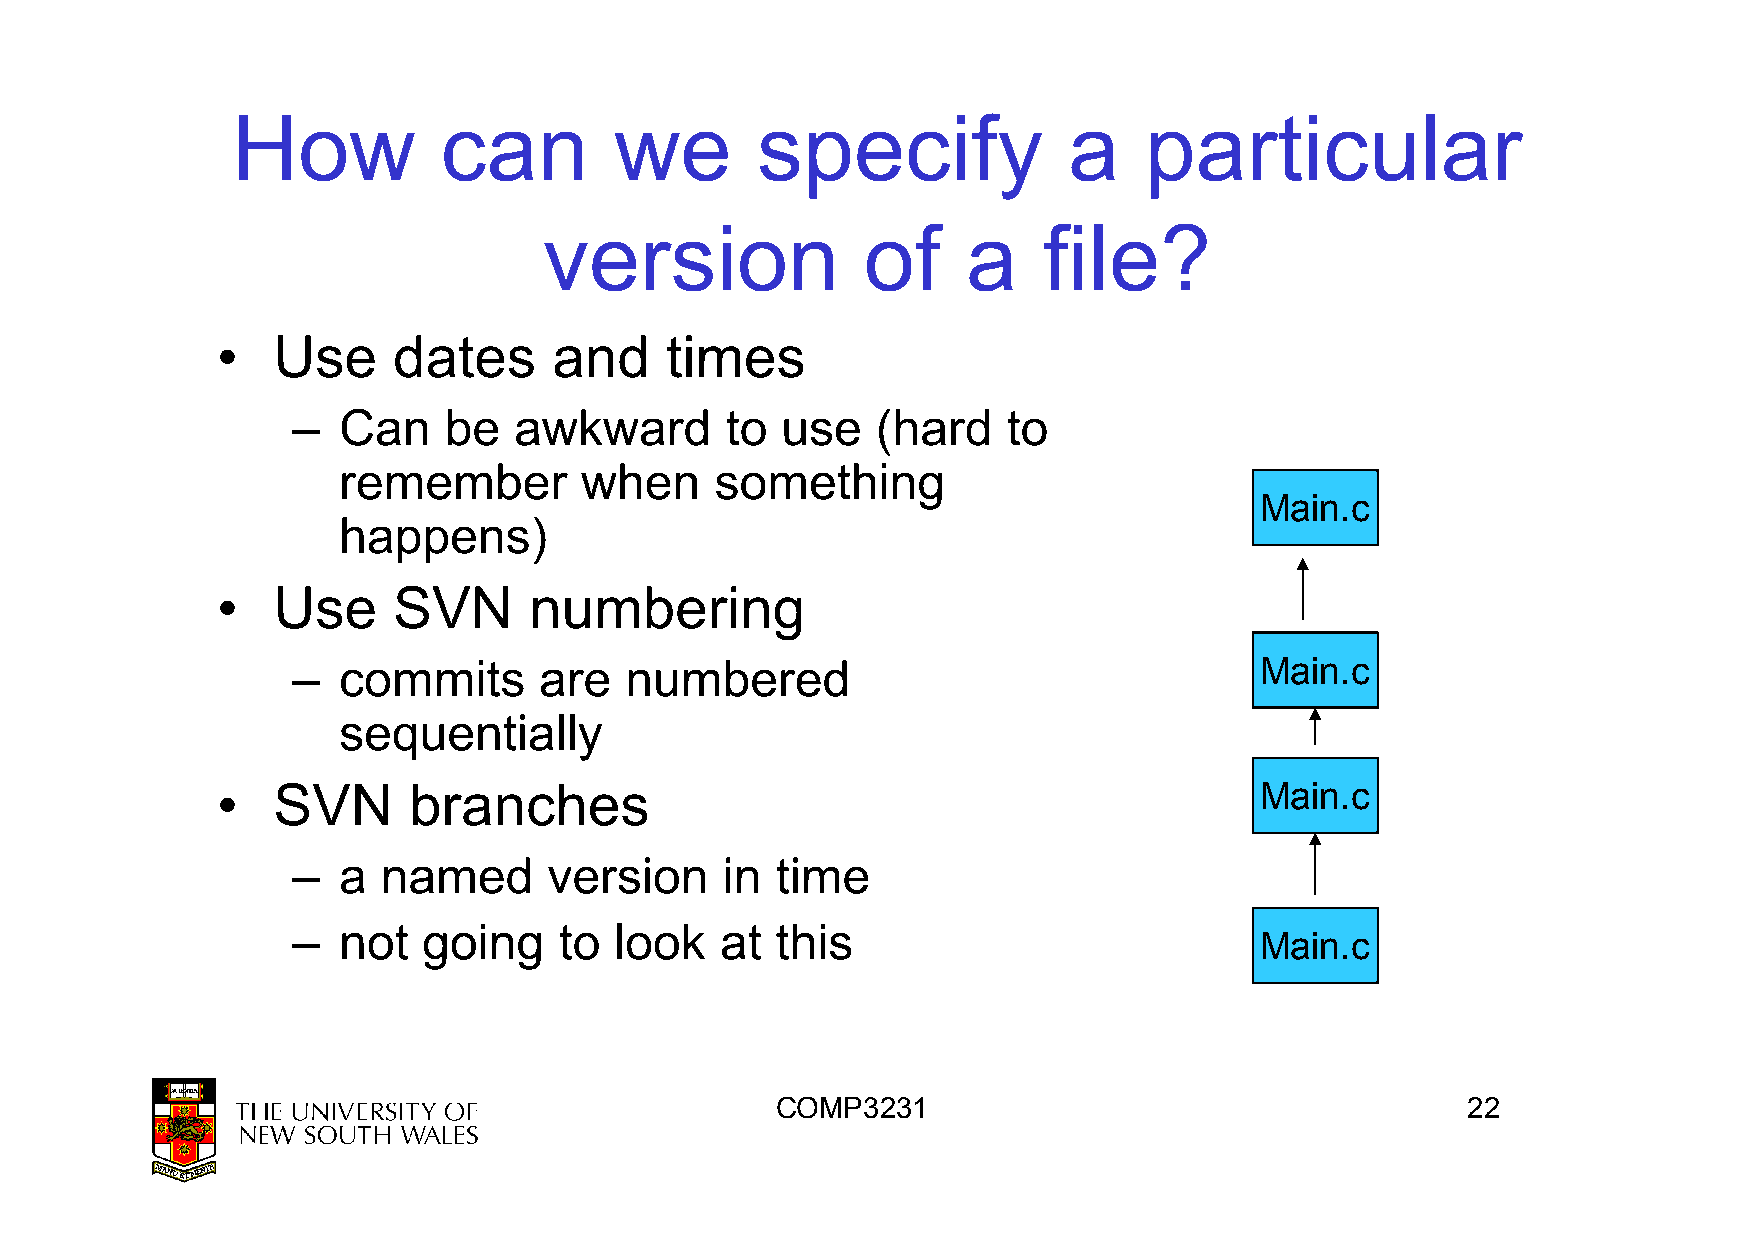
How           can         we       specify              a    particular
 version              of     a    file?
 •   Use     dates      and    times
 –  Can    be   awkward       to  use   (hard    to
 remember        when     something
 Main.c
 happens)
 ••  UUssee  SSVVNN   nnuummbbeerriinngg
 –  commits       are  numbered                                  Main.c
 sequentially
 •   SVN      branches                                                Main.c
 –  a  named      version     in time
 –  not   going    to  look   at this
 Main.c
 COMP3231                                      22